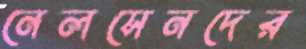
নেলসেনদের